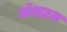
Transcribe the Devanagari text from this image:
ॲशटन